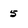
Character: 5